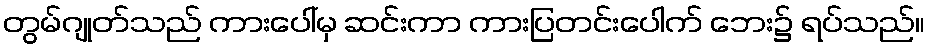
တွမ်ဂျုတ်သည် ကားပေါ်မှ ဆင်းကာ ကားပြတင်းပေါက် ဘေး၌ ရပ်သည်။